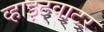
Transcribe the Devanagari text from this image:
व्हाइटवाटर